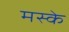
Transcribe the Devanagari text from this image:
मस्के